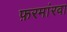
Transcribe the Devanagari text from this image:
फ़रमांरवा